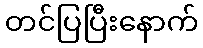
တင်ပြပြီးနောက်